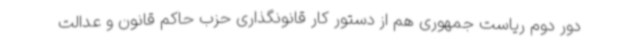
دور دوم ریاست جمهوری هم از دستور کار قانونگذاری حزب حاکم قانون و عدالت